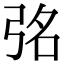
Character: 𭚮